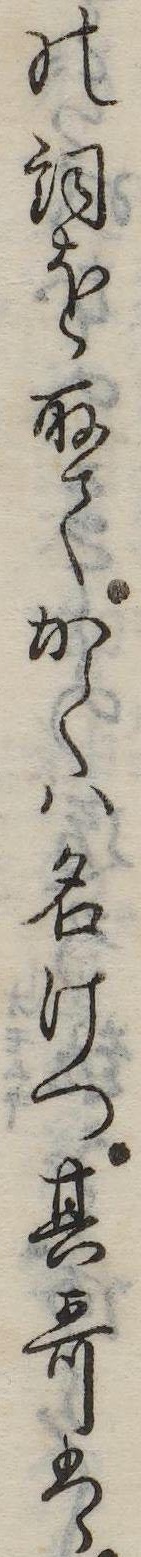
の詞を取てかくは名けつ其歌は